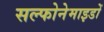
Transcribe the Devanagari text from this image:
सल्फोनेमाइडों